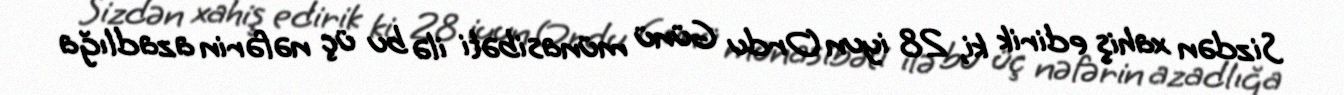
Sizdən xahiş edirik ki, 28 iyun Ordu Günü münasibəti ilə bu üç nəfərin azadlığa